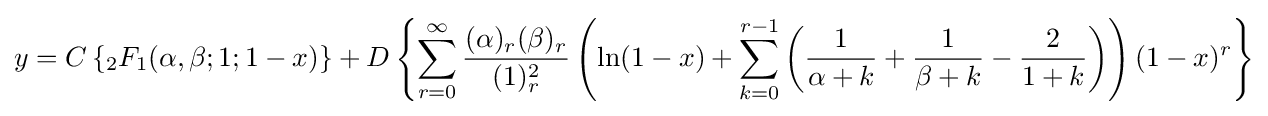
y=C\left\{{{}_{2}F_{1}}(\alpha ,\beta ;1;1-x)\right\}+D\left\{\sum _{r=0}^{\infty }{\frac {(\alpha )_{r}(\beta )_{r}}{(1)_{r}^{2}}}\left(\ln(1-x)+\sum _{k=0}^{r-1}\left({\frac {1}{\alpha +k}}+{\frac {1}{\beta +k}}-{\frac {2}{1+k}}\right)\right)(1-x)^{r}\right\}